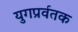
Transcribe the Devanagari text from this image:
युगप्रर्वतक